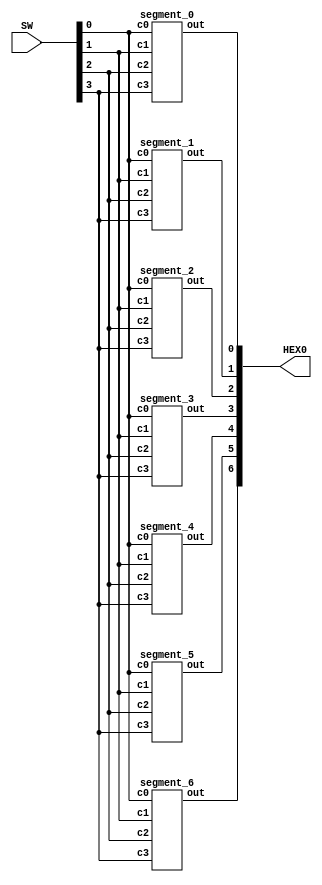
`timescale 1ns / 1ns // `timescale time_unit/time_precision

//SW[[3:0] data inputs
//HEX0[6:0] hex display

module mux(HEX0, SW);
    input [3:0] SW;
    output [6:0] HEX0;

    segment_6 seg_6(
        .c0(SW[0]),
        .c1(SW[1]),
        .c2(SW[2]),
        .c3(SW[3]),
        .out(HEX0[6])
    );

    segment_5 seg_5(
        .c0(SW[0]),
        .c1(SW[1]),
        .c2(SW[2]),
        .c3(SW[3]),
        .out(HEX0[5])
    );

    segment_4 seg_4(
        .c0(SW[0]),
        .c1(SW[1]),
        .c2(SW[2]),
        .c3(SW[3]),
        .out(HEX0[4])
    );

    segment_3 seg_3(
        .c0(SW[0]),
        .c1(SW[1]),
        .c2(SW[2]),
        .c3(SW[3]),
        .out(HEX0[3])
    );

    segment_2 seg_2(
        .c0(SW[0]),
        .c1(SW[1]),
        .c2(SW[2]),
        .c3(SW[3]),
        .out(HEX0[2])
    );

    segment_1 seg_1(
        .c0(SW[0]),
        .c1(SW[1]),
        .c2(SW[2]),
        .c3(SW[3]),
        .out(HEX0[1])
    );

    segment_0 seg_0(
        .c0(SW[0]),
        .c1(SW[1]),
        .c2(SW[2]),
        .c3(SW[3]),
        .out(HEX0[0])
    );
endmodule	


module segment_5(c3, c2, c1, c0, out);
    input c3;
    input c2;
    input c1;
    input c0;
    output out;
    assign out = ~c3&~c2&c1&~c0 | ~c3&~c2&c1&c0 | ~c3&c2&c1&c0 | c3&c2&~c1&c0;
endmodule

module segment_4(c3, c2, c1, c0, out);
    input c3;
    input c2;
    input c1;
    input c0;
    output out;
    assign out = ~c3&~c2&c1&c0 | ~c3&c2&~c1&~c0 | ~c3&c2&~c1&c0 | ~c3&c2&c1&c0 | c3&~c2&~c1&c0;
endmodule


module segment_3(c3, c2, c1, c0, out);
    input c3;
    input c2;
    input c1;
    input c0;
    output out;
    assign out = ~c3&~c2&~c1&c0 | ~c3&c2&~c1&~c0 | ~c3&c2&c1&c0 | c3&~c2&~c1&c0 | c3&~c2&c1&~c0;
endmodule


module segment_6(c0, c1, c2, c3, out);
    input c0; //selected when s is 0
    input c1; //selected when s is 1
    input c2; //select signal
	 input c3;
    output out;
    assign out = ~c3 & ~c2 & ~c1 & ~c0 | ~c3 & ~c2 & ~c1 & c0 | ~c3 & c2 & ~c1 & c0 | ~c3 & c2 & c1 & ~c0 | ~c3 & c2 & c1 & c0 | c3 & c2 & ~c1 & ~c0 ;
    // OR
    // assign m = s ? y : x;

endmodule

module segment_2(c0, c1, c2, c3, out);
    input c0; //selected when s is 0
    input c1; //selected when s is 1
    input c2; //select signal
	 input c3;
    output out;
    assign out = ~c3 & ~c2 & ~c1 & c0 | ~c3 & ~c2 & c1 & ~c0 | c3 & c2 & ~c1 & ~c0 | c3 & c2 & c1 & ~c0 | c3 & c2 & c1 & c0 ;
    // OR
    // assign m = s ? y : x;

endmodule

module segment_1(c0, c1, c2, c3, out);
    input c0; //selected when s is 0
    input c1; //selected when s is 1
    input c2; //select signal
	 input c3;
    output out;
    assign out = ~c3 & ~c2 & ~c1 & c0 | ~c3 & c2 & ~c1 & c0 | ~c3 & c2 & c1 & ~c0 | c3 & ~c2 & c1 & c0 | ~c3 & ~c2 & c1 & c0 | c3 & c2 & c1 & ~c0 | c3 & c2 & c1 & c0;
    // OR
    // assign m = s ? y : x;

endmodule

module segment_0(c0, c1, c2, c3, out);
    input c0; //selected when s is 0
    input c1; //selected when s is 1
    input c2; //select signal
	 input c3;
    output out;
    assign out = ~c3 & ~c2 & ~c1 & c0 | ~c3 & c2 & ~c1 & ~c0 | c3 & ~c2 & c1 & c0 | c3 & c2 & ~c1 & c0;
    // OR
    // assign m = s ? y : x;

endmodule